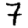
Digit: 7